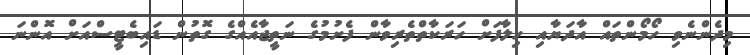
މިދެންނެވި ހޯމޯންތައް އާދަޔާއި ހިލާފަށް ހަރަކާތްތެރިވާން ފެށުމުގެ ނަތީޖާއެއްގެ ގޮތުން ޑައިބެޓީސްއަށް އޮންނަ